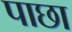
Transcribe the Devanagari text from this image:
पाछा